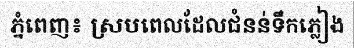
ភ្នំពេញ៖ ស្របពេលដែលជំនន់ទឹកភ្លៀង